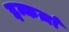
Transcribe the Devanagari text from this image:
इन्कर्ज़ा